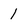
Character: 1